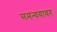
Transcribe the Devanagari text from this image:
समन्वयावर